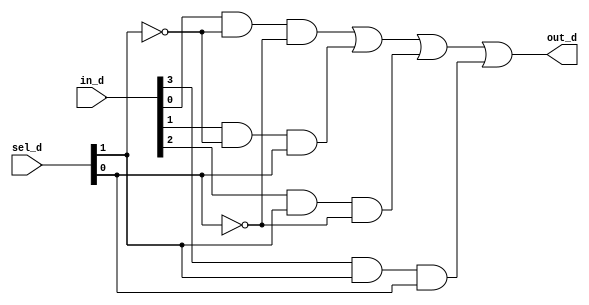
`timescale 1ns / 1ps

module mux4to1_d(in_d, sel_d, out_d );
    input [3:0] in_d ;
    input [1:0] sel_d;
    output out_d;
    
    assign out_d = (in_d[0]&(~sel_d[1])&(~sel_d[0])) | (in_d[1]&(~sel_d[1])&(sel_d[0])) | (in_d[2]&(sel_d[1])&(~sel_d[0])) | (in_d[3]&(sel_d[1])&(sel_d[0]));
endmodule